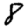
Digit: 8